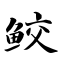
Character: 鲛